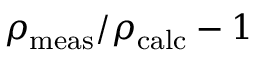
\rho _ { \mathrm { m e a s } } / \rho _ { \mathrm { c a l c } } - 1